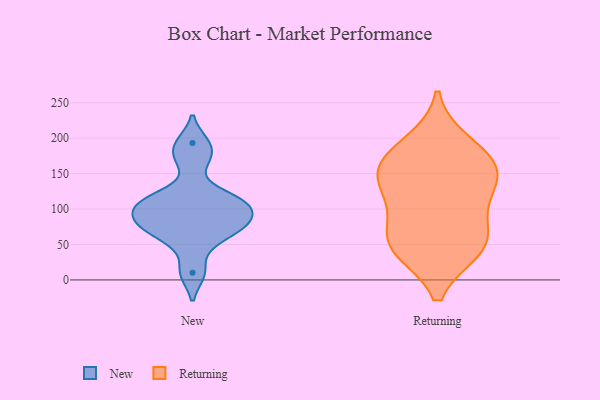
{"axis": {"x": "Revenue (USD Million)", "y": "Value"}, "legend": ["New", "Returning"], "data": [{"x": "", "y": 108, "type": "New"}, {"x": "", "y": 113, "type": "New"}, {"x": "", "y": 54, "type": "New"}, {"x": "", "y": 10, "type": "New"}, {"x": "", "y": 115, "type": "New"}, {"x": "", "y": 73, "type": "New"}, {"x": "", "y": 170, "type": "New"}, {"x": "", "y": 79, "type": "New"}, {"x": "", "y": 96, "type": "New"}, {"x": "", "y": 82, "type": "New"}, {"x": "", "y": 193, "type": "New"}, {"x": "", "y": 149, "type": "Returning"}, {"x": "", "y": 64, "type": "Returning"}, {"x": "", "y": 46, "type": "Returning"}, {"x": "", "y": 44, "type": "Returning"}, {"x": "", "y": 48, "type": "Returning"}, {"x": "", "y": 145, "type": "Returning"}, {"x": "", "y": 102, "type": "Returning"}, {"x": "", "y": 171, "type": "Returning"}, {"x": "", "y": 193, "type": "Returning"}, {"x": "", "y": 123, "type": "Returning"}, {"x": "", "y": 163, "type": "Returning"}]}